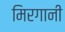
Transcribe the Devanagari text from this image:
मिरगानी